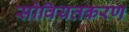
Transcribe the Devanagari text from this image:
सोवियतकरण